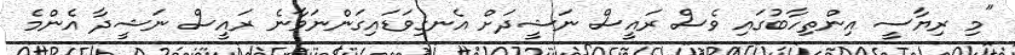
"މި ރިޔާސީ އިންތިހާބުގައި ވެސް ރައީސް ނަޝީދަށް އެނގިވަޑައިގަންނަވާނެ ރައީސް ނަޝީދާ އެންމެ